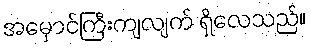
အမှောင်ကြီးကျလျက် ရှိလေသည်။